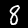
Digit: 8